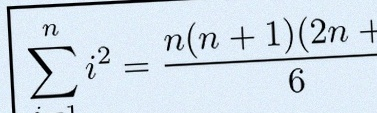
\sum_{i=1}^{n}i^2=\frac{n(n+1)(2n+1)}6